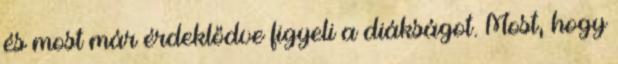
és most már érdeklődve figyeli a diákságot. Most, hogy